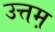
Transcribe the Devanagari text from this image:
उत्तम़